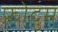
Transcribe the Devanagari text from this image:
फ़ोदुम